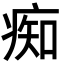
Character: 痴